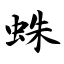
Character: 蛛